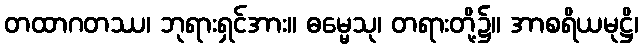
တထာဂတဿ၊ ဘုရားရှင်အား။ ဓမ္မေသု၊ တရားတို့၌။ အာစရိယမုဋ္ဌိ၊